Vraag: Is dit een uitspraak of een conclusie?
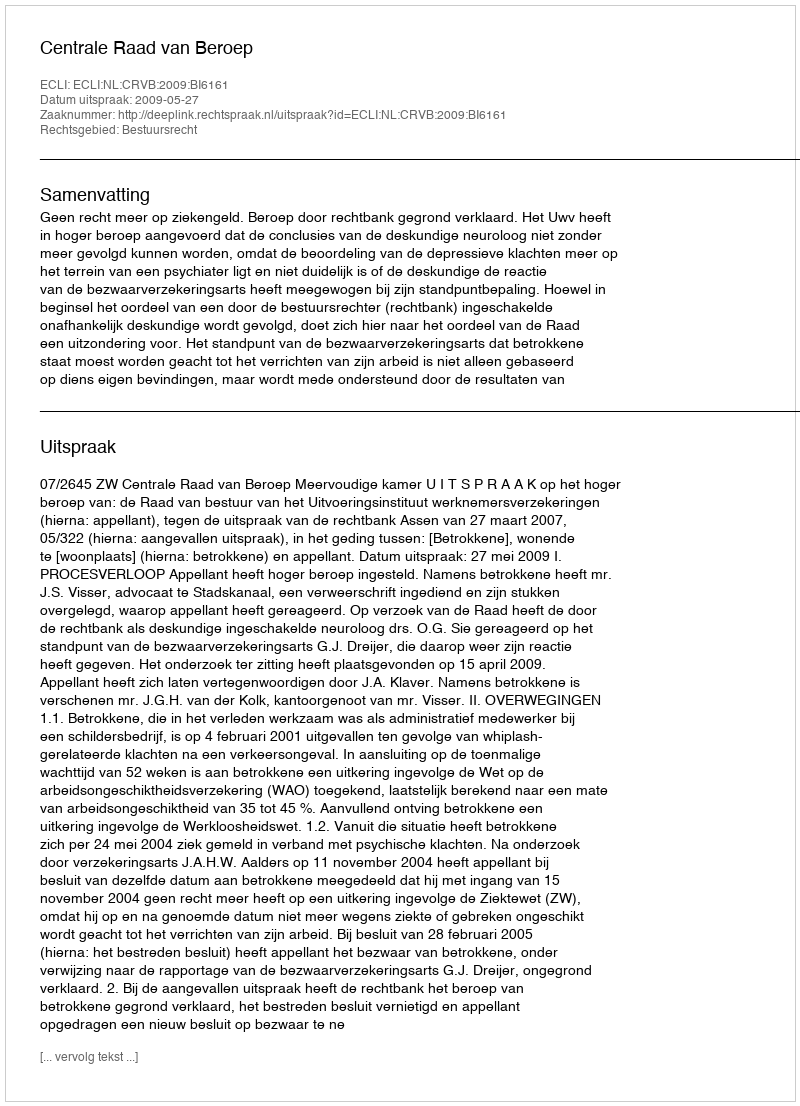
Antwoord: Uitspraak